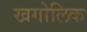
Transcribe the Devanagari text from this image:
खगोलिक